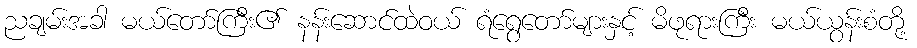
ညချမ်းအခါ မယ်တော်ကြီး၏ နန်းဆောင်ထဲဝယ် ရံရွေတော်များနှင့် မိဖုရားကြီး မယ်ယွန်းစံတို့